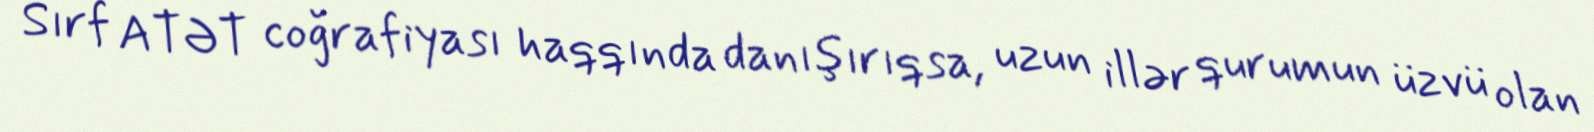
Sırf ATƏT coğrafiyası haqqında danışırıqsa, uzun illər qurumun üzvü olan